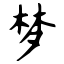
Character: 梦